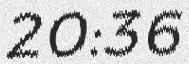
20:36